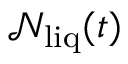
\mathcal { N } _ { \mathrm { l i q } } ( t )